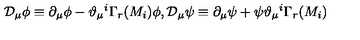
\mathcal { D } _ { \mu } \phi \equiv \partial _ { \mu } \phi - \vartheta _ { \mu } { } ^ { i } \Gamma _ { r } ( M _ { i } ) \phi , \mathcal { D } _ { \mu } \psi \equiv \partial _ { \mu } \psi + \psi \vartheta _ { \mu } { } ^ { i } \Gamma _ { r } ( M _ { i } ) \,